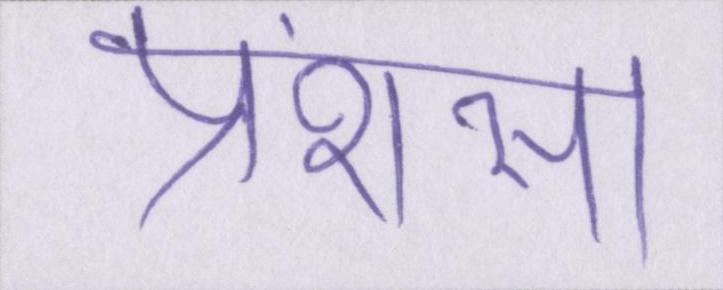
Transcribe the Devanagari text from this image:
प्रंशसा